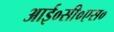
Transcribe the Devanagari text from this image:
आई०सी०एस०